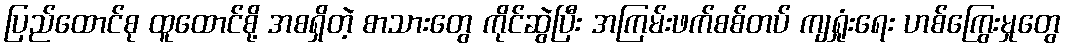
ပြည်ထောင်စု ထူထောင်စို့ အစရှိတဲ့ စာသားတွေ ကိုင်ဆွဲပြီး အကြမ်းဖက်စစ်တပ် ကျရှုံးရေး ဟစ်ကြွေးမှုတွေ